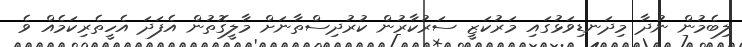
ލިބެމުން ނުދާ މިދަނޑިވަޅުގައި މަރުކަޒީ ސަރުކާރުން ކުރުދިސްތާނަށް މާލީގޮތުން އެފަދަ އެހީތެރިކަމެއް ވެ